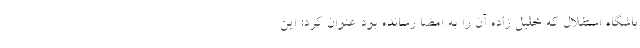
باشگاه استقلال که خلیل زاده آن را به امضا رسانده بود عنوان کرد: این